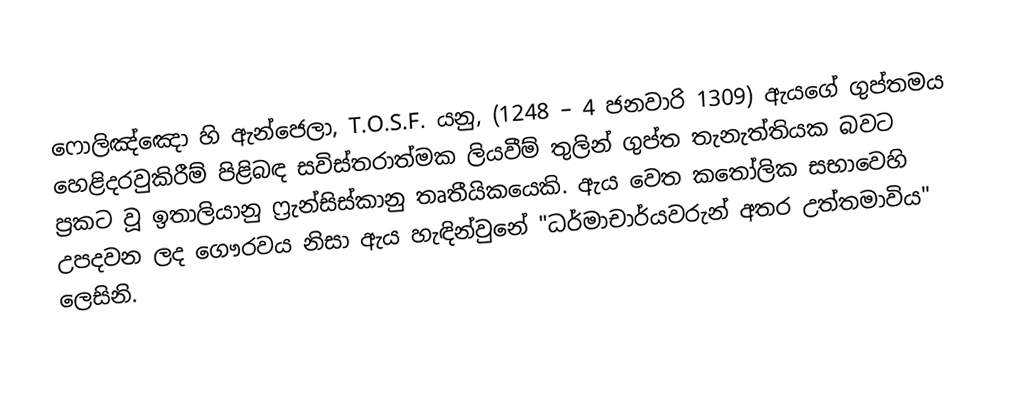
ෆොලිඤ්ඤො හි ඇන්ජෙලා, T.O.S.F. යනු, (1248 – 4 ජනවාරි 1309) ඇයගේ ගුප්තමය හෙළිදරවුකිරීම් පිළිබඳ සවිස්තරාත්මක ලියවීම් තුලින් ගුප්ත තැනැත්තියක බවට ප්‍රකට වූ ඉතාලියානු  ෆ්‍රැන්සිස්කානු තෘතීයිකයෙකි. ඇය වෙත කතෝලික සභාවෙහි උපදවන ලද ගෞරවය නිසා ඇය හැඳින්වුනේ "ධර්මාචාර්යවරුන් අතර උත්තමාවිය" ලෙසිනි.